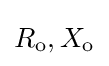
R_{\text{o}},X_{\text{o}}